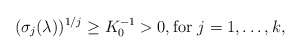
\begin{align*} (\sigma_j(\lambda))^{1/j} \geq {} K_0^{-1}>0,\textrm{for } j=1, \ldots, k,\end{align*}